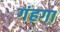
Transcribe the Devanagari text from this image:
गंहगा